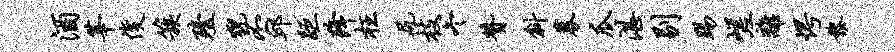
酒莘俊簇殪猊丕邱距降枉尻枝冬赞斜募瓜湛剔踢嵯离愕黎